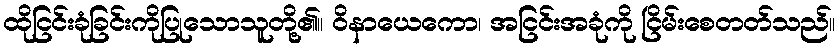
ထိုငြင်းခုံခြင်းကိုပြုသောသူတို့၏။ ဝိနာယေကော၊ အငြင်းအခုံကို ငြိမ်းစေတတ်သည်။